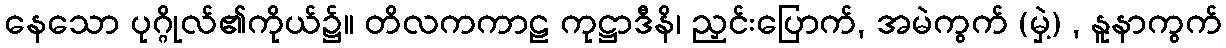
နေသော ပုဂ္ဂိုလ်၏ကိုယ်၌။ တိလကကာဠ ကုဋ္ဌာဒီနိ၊ ညှင်းပြောက်, အမဲကွက် (မှဲ့) , နူနာကွက်